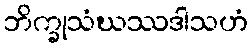
ဘိက္ခုသံဃဿဒါသဟံ